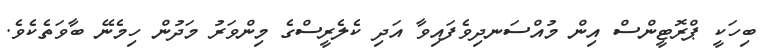
ބިހަކީ ޕްރޮޓީންސް އިން މުއްސަނދިވެފައިވާ އަދި ކެލެރީސްގެ މިންވަރު މަދުން ހިމެނޭ ބާވަތެކެވެ.